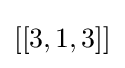
\left[[3,1,3\right]]